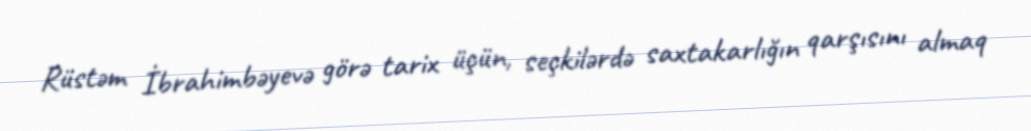
Rüstəm İbrahimbəyevə görə tarix üçün, seçkilərdə saxtakarlığın qarşısını almaq